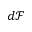
d \mathcal { F }